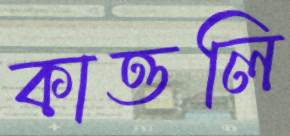
কাত্তলি